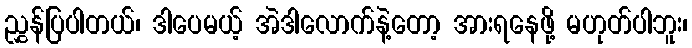
ညွှန်ပြပါတယ်၊ ဒါပေမယ့် အဲဒါလောက်နဲ့တော့ အားရနေဖို့ မဟုတ်ပါဘူး၊